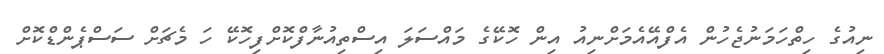
ނިއުގެ ހިތްހަމަނުޖެހުން އެފްއޭއެމަށްނިއު އިން ހޮކޭގެ މައްސަލަ އިސްތިއުނާފްކޮށްފިހޮކޭ ހަ މެޗަށް ސަސްޕެންޑްކޮށް